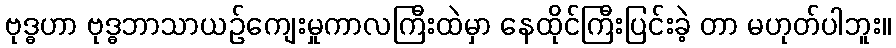
ဗုဒ္ဓဟာ ဗုဒ္ဓဘာသာယဉ်ကျေးမှုကာလကြီးထဲမှာ နေထိုင်ကြီးပြင်းခဲ့ တာ မဟုတ်ပါဘူး။